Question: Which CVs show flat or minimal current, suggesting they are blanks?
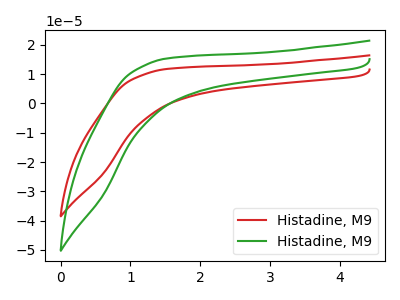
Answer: <think>The red curve "Histadine, M91" has no peaks. The green curve "Histadine, M92" has no peaks.</think>
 <answer>"Histadine, M91" and "Histadine, M92" are likely to be blanks.</answer>
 <eval>"Histadine, M91", "Histadine, M92"</eval>